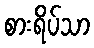
စားရိပ်သာ